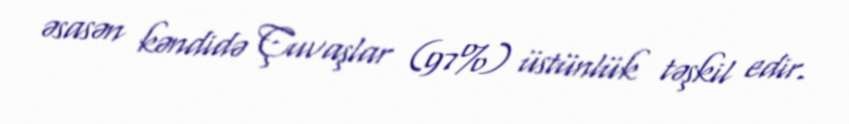
əsasən kəndidə Çuvaşlar (97%) üstünlük təşkil edir.